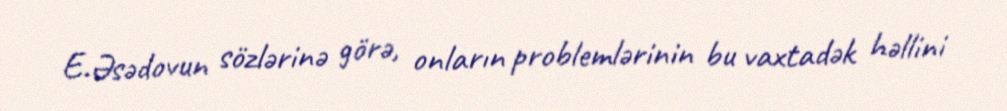
E.Əsədovun sözlərinə görə, onların problemlərinin bu vaxtadək həllini